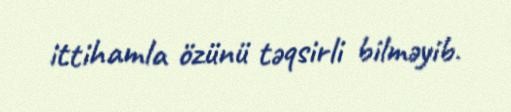
ittihamla özünü təqsirli bilməyib.